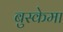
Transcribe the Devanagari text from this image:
बुस्केमा